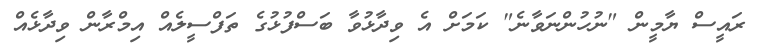
ރައީސް ޔާމީން "ނުހުންނަވާނެ" ކަމަށް އެ ވިދާޅުވާ ބަސްފުޅުގެ ތަފްސީލެއް އިމްރާން ވިދާޅެއް